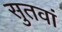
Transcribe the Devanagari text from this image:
सुतवां